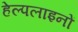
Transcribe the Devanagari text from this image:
हेल्पलाइनों